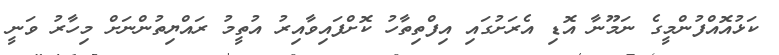
ކަޅުއޮއްފުންމީގެ ނަމޫނާ އޮޑި އެރަށުގައި އިފްތިތާހު ކޮށްފައިވާއިރު އުތީމު ރައްޔިތުންނަށް މިހާރު ވަނީ